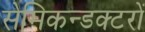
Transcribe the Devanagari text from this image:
सेमिकन्डक्टरों